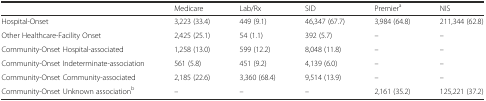
|  | Medicare | Lab/Rx | SID | Premiera | NIS |
 | --- | --- | --- | --- | --- | --- |
 | Hospital-Onset | 3,223 (33.4) | 449 (9.1) | 46,347 (67.7) | 3,984 (64.8) | 211,344 (62.8) |
 | Other Healthcare-Facility Onset | 2,425 (25.1) | 54 (1.1) | 392 (5.7) | – | – |
 | Community-Onset Hospital-associated | 1,258 (13.0) | 599 (12.2) | 8,048 (11.8) | – | – |
 | Community-Onset Indeterminate-association | 561 (5.8) | 451 (9.2) | 4,139 (6.0) | – | – |
 | Community-Onset Community-associated | 2,185 (22.6) | 3,360 (68.4) | 9,514 (13.9) | – | – |
 | Community-Onset Unknown associationb | – | – | – | 2,161 (35.2) | 125,221 (37.2) |